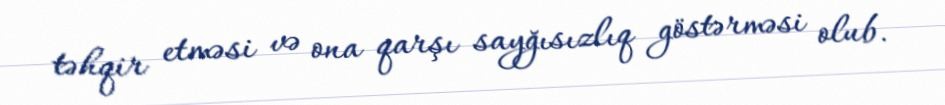
təhqir etməsi və ona qarşı sayğısızlıq göstərməsi olub.